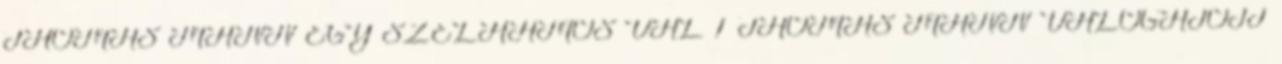
THOMAS MANN EGY SZÉLHÁMOS VAL 1 THOMAS MANN VÁLOGATOTT